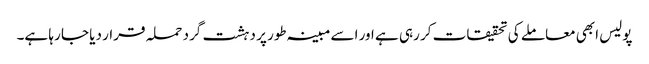
پولیس ابھی معاملے کی تحقیقات کر رہی ہے اور اسے مبینہ طور پر دہشت گرد حملہ قرار دیا جا رہا ہے۔